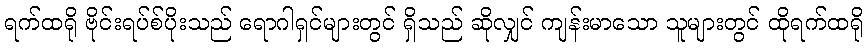
ရက်ထရို ဗိုင်းရပ်စ်ပိုးသည် ရောဂါရှင်များတွင် ရှိသည် ဆိုလျှင် ကျန်းမာသော သူများတွင် ထိုရက်ထရို